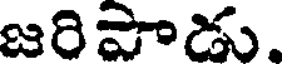
జరిపాడు.